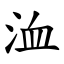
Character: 洫